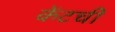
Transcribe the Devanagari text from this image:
केंटची